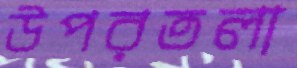
উপরতলা